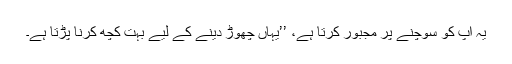
یہ آپ کو سوچنے پر مجبور کرتا ہے، ’’یہاں چھوڑ دینے کے لیے بہت کچھ کرنا پڑتا ہے۔